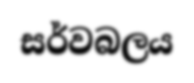
සර්වබලය